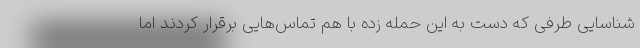
شناسایی طرفی که دست به این حمله زده با هم تماس‌هایی برقرار کردند اما